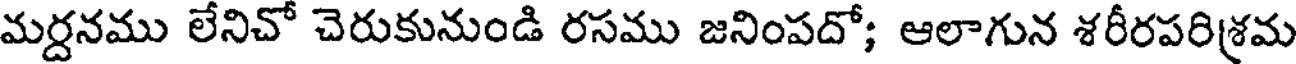
మర్దనము లేనిచో చెరుకునుండి రసము జనింపదో; ఆలాగున శరీరపరిశ్రమ